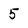
Character: 5